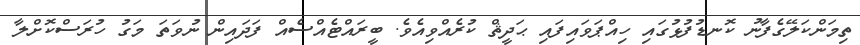
ތިމަންކަލޭގެފާނު ކޮނޑުފުޅުގައި ހިއްޕަވައިފައި ޙަދީޘް ކުރެއްވިއެވެ. ބީރައްޓެއްސެއް ފަދައިން ނުވަތަ މަގު ހުރަސްކޮށްލާ